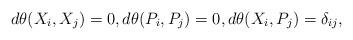
LaTeX: \begin{gather*}d\theta(X_i, X_j) = 0, d\theta(P_i, P_j) = 0, d\theta(X_i, P_j) = \delta_{ij},\end{gather*}